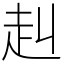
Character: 赳